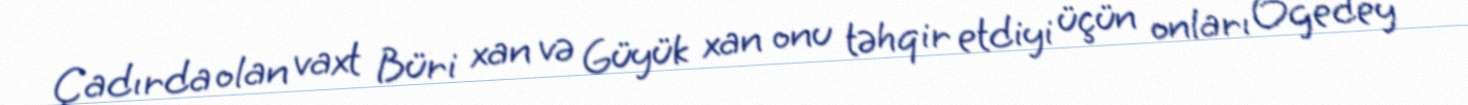
Çadırda olan vaxt Büri xan və Güyük xan onu təhqir etdiyi üçün onları Ögedey